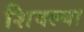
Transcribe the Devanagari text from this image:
शिवल्या